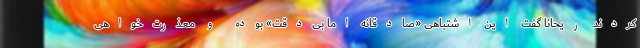
کردند. ریحانا گفت این اشتباهی «صادقانه اما بی‌دقت» بوده و معذرت‌خواهی